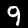
Label: 9